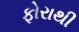
ફોરાથી